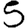
Digit: 5